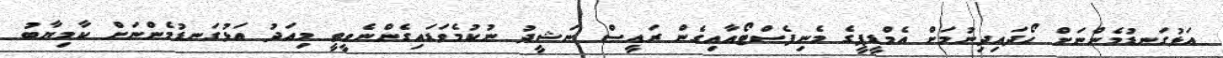
އަޅުގަނޑުމެންނަށް ހޯދައިދިނުމަށް އެމްޑީޕީގެ މެނިފެސްޓޯއާއިގެން ރައީސް ނަޝީދު ނުކުމެވަޑައިގެންނެވީތީ މިއަދު އަޅުގަނޑުމެންނަށް ކާމިޔާބު